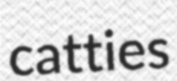
catties